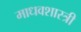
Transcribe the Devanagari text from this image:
माधवशास्त्री